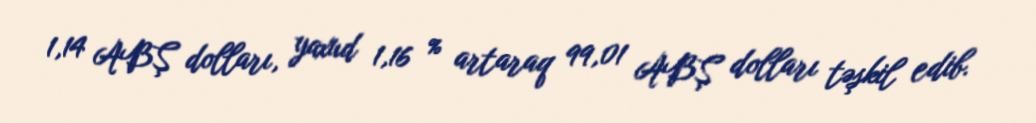
1,14 ABŞ dolları, yaxud 1,16 % artaraq 99,01 ABŞ dolları təşkil edib.